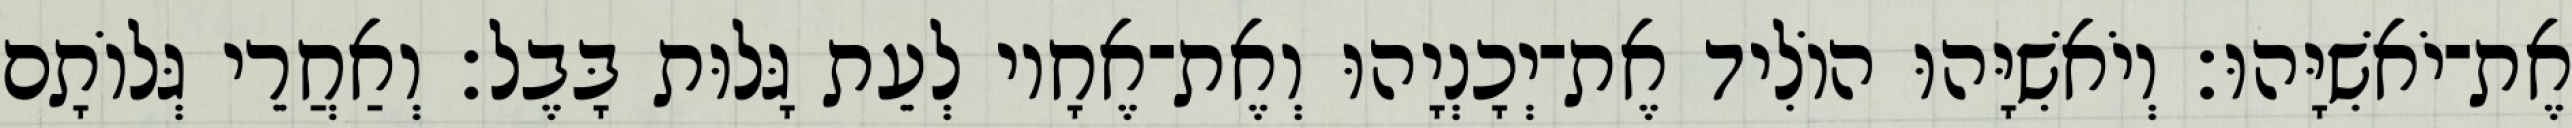
אֶת־יֹאשִׁיָּהוּ׃ וְיֹאשִׁיָּהוּ הוֹלִיד אֶת־יְכָנְיָהוּ וְאֶת־אֶחָיו לְעֵת גָּלוּת בָּבֶל׃ וְאַחֲרֵי גְּלוֹתָם